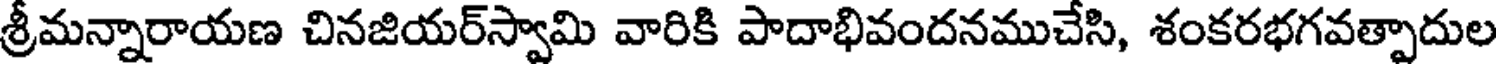
శ్రీమన్నారాయణ చినజియర్స్వామి వారికి పాదాభివందనముచేసి, శంకరభగవత్పాదుల